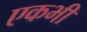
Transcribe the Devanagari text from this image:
एकभी